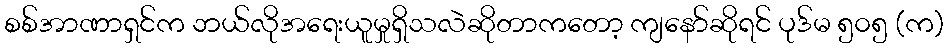
စစ်အာဏာရှင်က ဘယ်လိုအရေးယူမှုရှိသလဲဆိုတာကတော့ ကျနော်ဆိုရင် ပုဒ်မ ၅၀၅ (က)